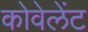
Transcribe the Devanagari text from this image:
कोवेलेंट